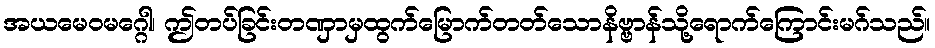
အယမေဝမဂ္ဂေါ၊ ဤတပ်ခြင်းတဏှာမှထွက်မြောက်တတ်သောနိဗ္ဗာန်သို့ရောက်ကြောင်းမဂ်သည်။